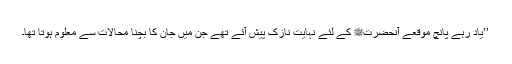
’’یاد رہے پانچ موقعے آنحضرتﷺ کے لئے نہایت نازک پیش آئے تھے جن میں جان کا بچنا محالات سے معلوم ہوتا تھا۔